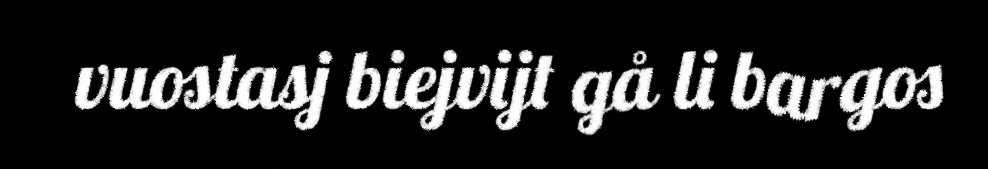
vuostasj biejvijt gå li bargos